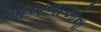
અબળાઓના